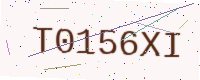
Text: T0156XI